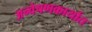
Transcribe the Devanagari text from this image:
अन्वेषणकार्यात